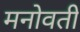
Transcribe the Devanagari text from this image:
मनोवती